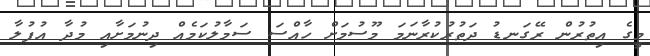
މީގެ އިތުރުން ރޭގަނޑު ދަތުރުކުރާނަމަ މޫސުމަށް ހާއްސަ ސަމާލުކަމެއް ދިނުމަށާއި މުދާ އުފުލާ